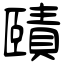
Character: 賾